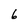
Character: 6